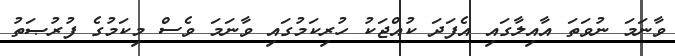
ވާނަމަ ނުވަތަ އާއިލާގައި އެފަދަ ކުއްޖަކު ހުރިކަމުގައި ވާނަމަ ވެސް މިކަމުގެ ފުރުޞަތު